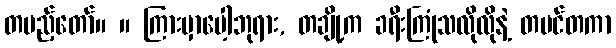
တပည့်တော်။ ။ ကြားမှာပေါ့ဘုရား, တချို့က ခရီးကြုံသလိုလိုနဲ့ တမင်တကာ